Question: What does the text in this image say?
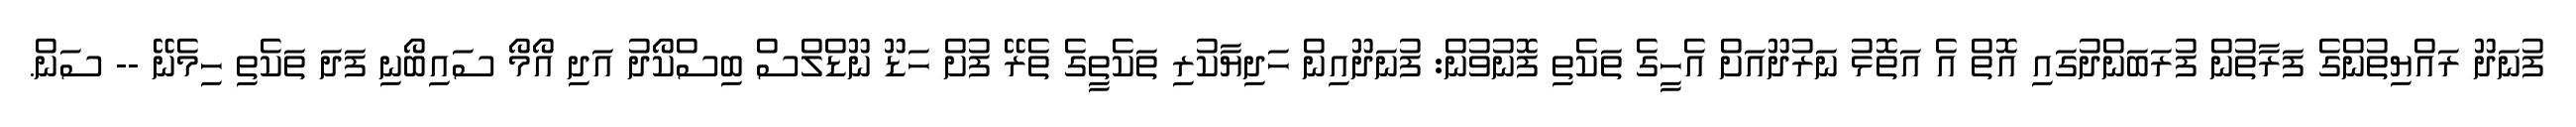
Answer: ފުނަދޫ ރައްޔިތުންގެ ފަރާތުން ފުރަބަންދުގައި އޮތް އެ އަތޮޅު ނަރުދޫއަށް އެހީގެ ތަކެތި ފޮނުވުން: ފުނަދޫއިން ހަދިޔާކުރި ތަކެތީގެ ތެރޭ ފުށް ހަޑޫ ނޫޑްލްސް ބިސްކޯދު އަދި އޯމޯ ސައިބޯނި ފަދަ ތަކެތި ހިމެނޭ -- ސަން.